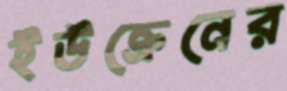
ইউক্রেনের